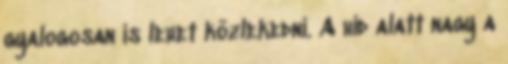
gyalogosan is lehet közlekedni. A híd alatt nagy a